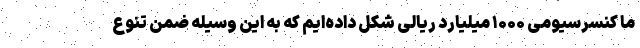
ما کنسرسیومی ۱۰۰۰ میلیارد ریالی شکل داده‌ایم که به این وسیله ضمن تنوع